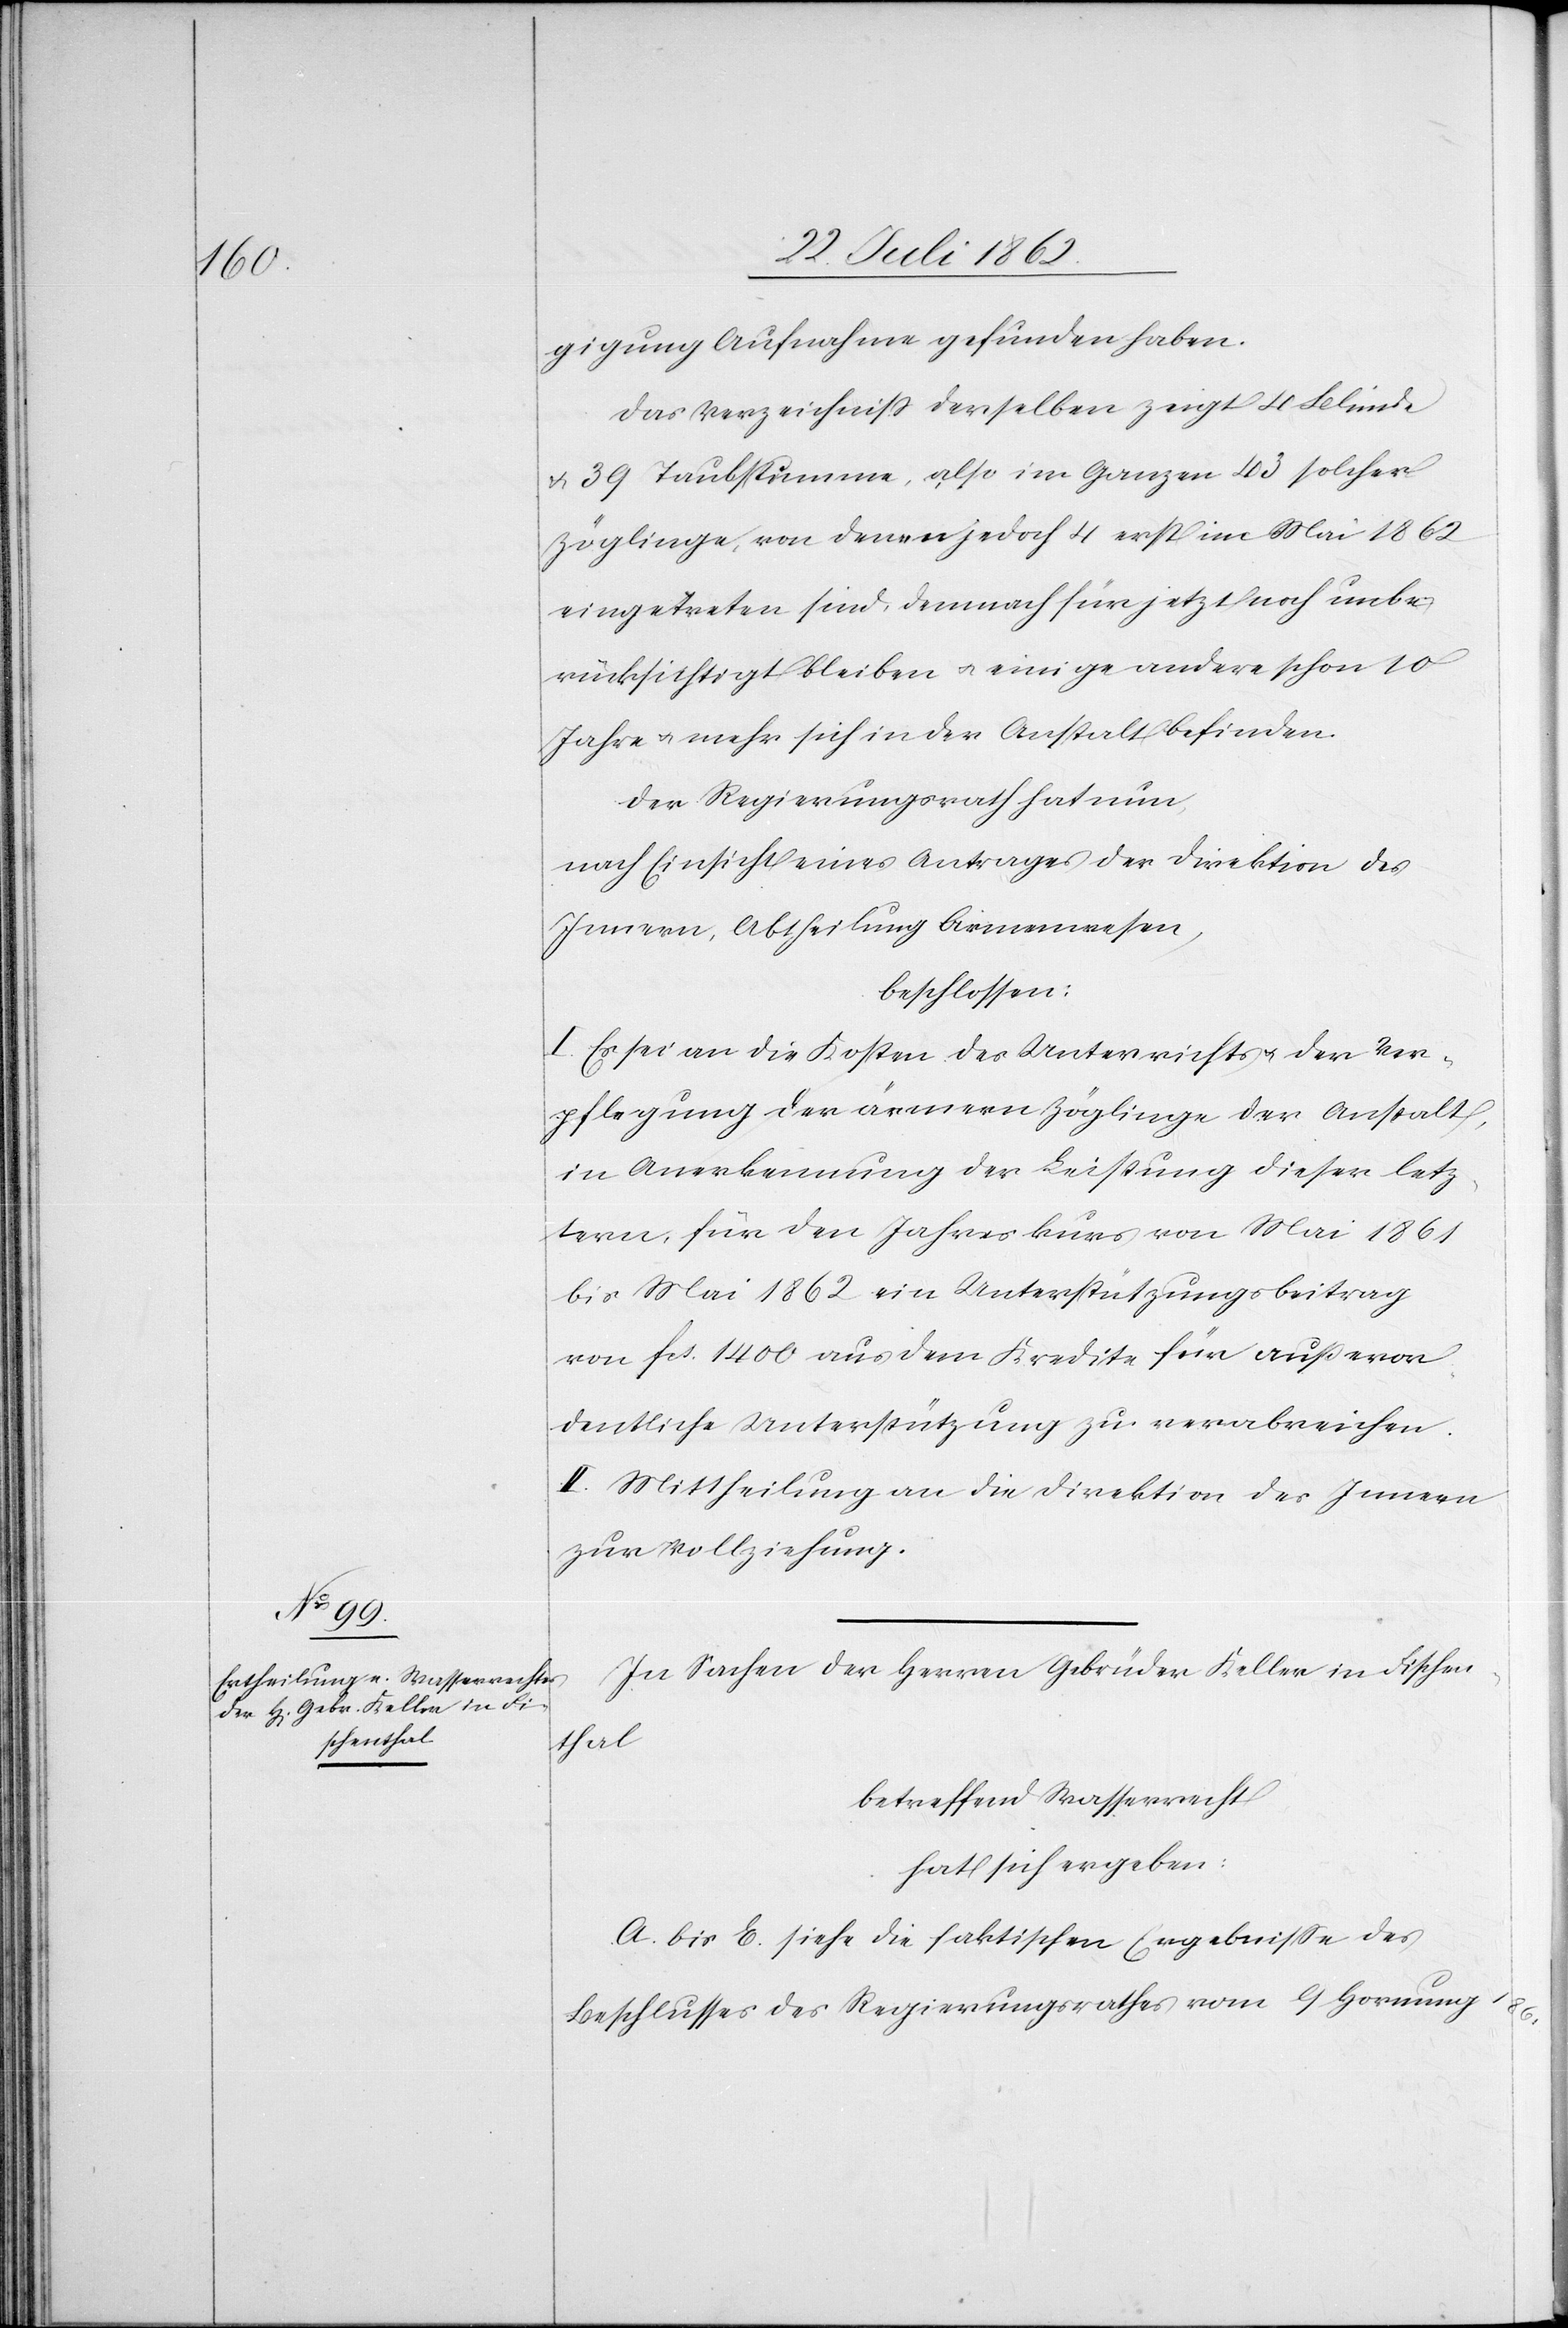
1861

digung Aufnahme gefunden haben.
Das Verzeichniß derselben zeigt 4 Blinde
u. 39 Taubstumme, also im Ganzen 43 solcher
Zöglinge, von denen jedoch 4 erst im Mai 1862
eingetreten sind, demnach für jetzt noch unbe¬
rücksichtigt bleiben u. einige andere schon 10
Jahre u. mehr sich in der Anstalt befinden.
Der Regierungsrath hat nun,
nach Einsicht eines Antrages der Direktion des
Innern, Abtheilung Armenwesen,
beschlossen:
I. Es sei an die Kosten des Unterrichtes u. der Ver¬
pflegung der ärmern Zöglinge der Anstalt,
in Anerkennung der Leistung dieser letz¬
tern, für den Jahreskurs von Mai 1861
bis Mai 1862 ein Unterstützungsbeitrag
von fcs. 1400 aus dem Kredite für außeror¬
dentliche Unterstützung zu verabreichen.
II. Mittheilung an die Direktion des Innern
zur Vollziehung.
In Sachen der Herren Gebrüder Keller in Fischen¬
thal
betreffend Wasserrecht
hat sich ergeben:
A. bis E. siehe die faktischen Ergebnisse des
Beschlusses des Regierungsrathes vom 9. Hornung